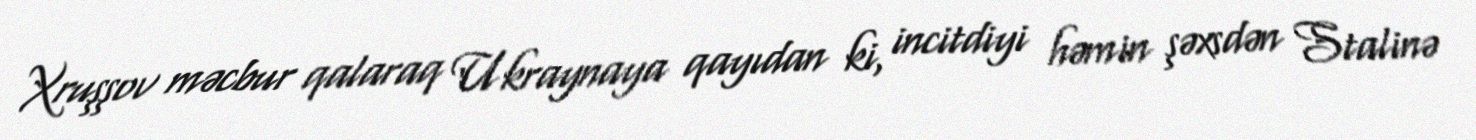
Xruşşov məcbur qalaraq Ukraynaya qayıdan ki, incitdiyi həmin şəxsdən Stalinə